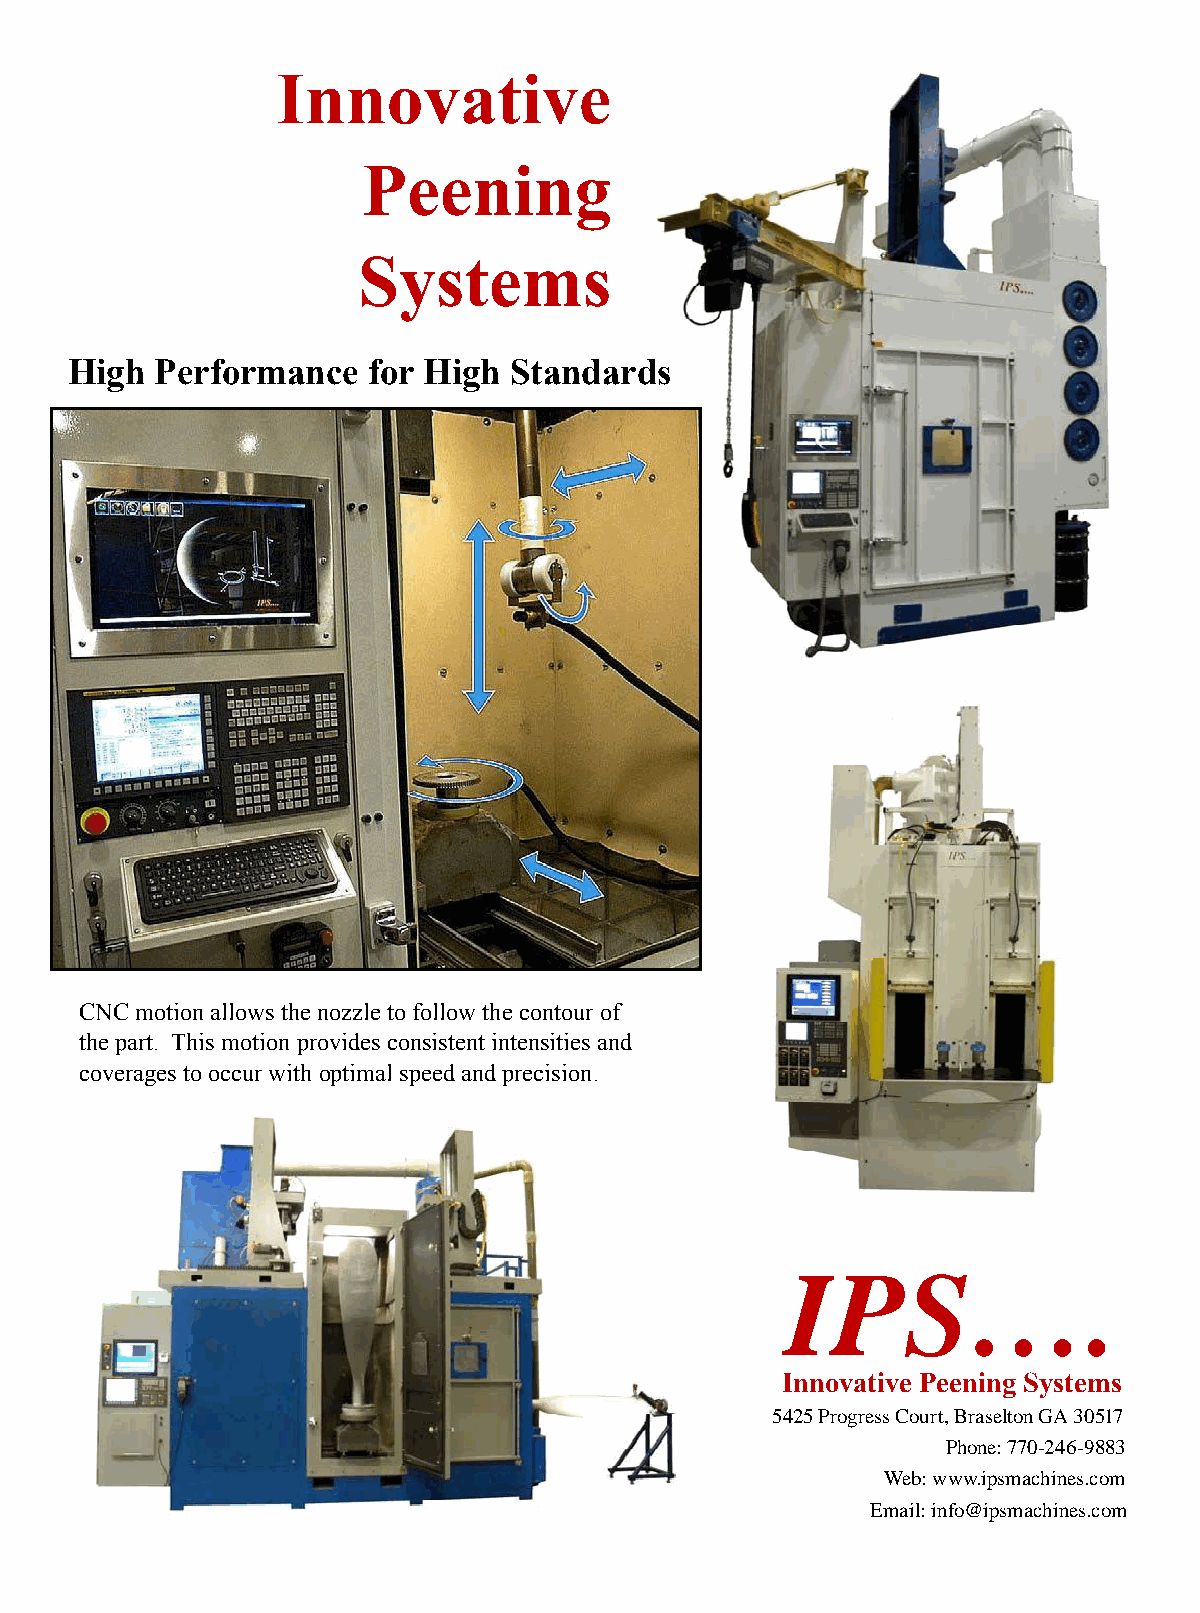
Innovative
 Peening
 Systems
 High  Performance   for High  Standards
 CNC motion allows the nozzle to follow the contour of
 the part. This motion provides consistent intensities and
 coverages to occur with optimal speed and precision.
 IPS….
 Innovative Peening Systems
 5425 P5r4o2g5 rPersosg rCeossu Crto,u Brtr,a Bsrealsteoltno nG GAA 3 300551177
 Phone: 770-246-9883
 Phone: 770‐246‐9883
 Web: www.ipsmachines.com
 www.ipeenglobal.com
 Email: info@ipsmachines.com
 15
 The Shot Peener | Spring 2021